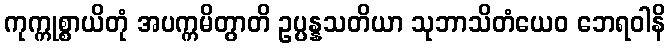
ကုက္ကုစ္စာယိတုံ အပက္ကမိတွာတိ ဥပ္ပန္နသတိယာ သုဘာသိတံယေဝ ဘေရဝါနိ